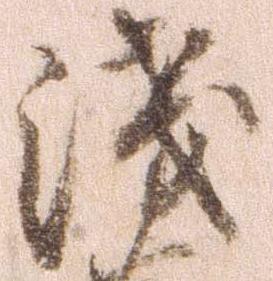
浅